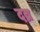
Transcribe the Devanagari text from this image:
दव्र